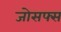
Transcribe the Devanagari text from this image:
जोसफ्स